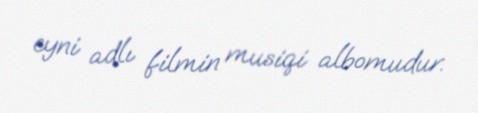
eyni adlı filmin musiqi albomudur.